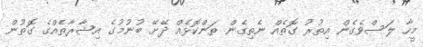
މީހާ ލަސްވެގެން އިތުރު ގޮތެއް ނެތިގެން ތަންކޮޅެއް ދޭށޭ ބުނުމުގެ އިޝާރާތެއްގެ ގޮތުން